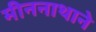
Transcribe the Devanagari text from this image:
मीननाथाने